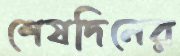
শেষদিনের